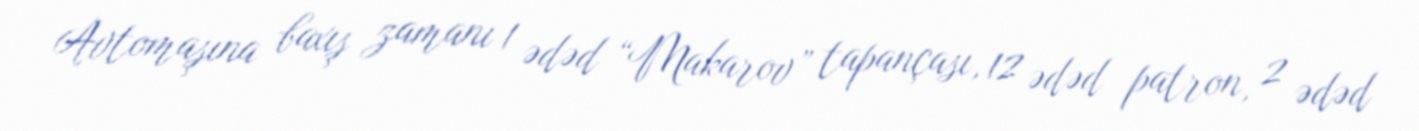
Avtomaşına baxış zamanı 1 ədəd “Makarov” tapançası, 12 ədəd patron, 2 ədəd